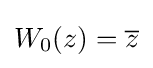
W_{0}(z)={\overline {z}}